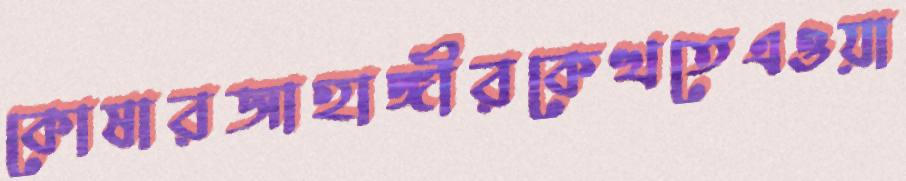
কোষারজাহাঙ্গীরকেখতেএওয়া